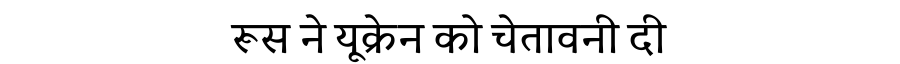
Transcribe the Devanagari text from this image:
रूस ने यूक्रेन को चेतावनी दी